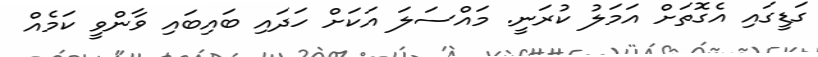
ގަޑީގައި އެގޮތަށް އަމަލު ކުރަނީ. މައްސަލަ އަކަށް ހަދައި ބައިބައި ވާންވީ ކަމެއް